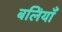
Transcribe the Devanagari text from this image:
बलिंयाँ